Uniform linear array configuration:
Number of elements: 4
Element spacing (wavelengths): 0.25
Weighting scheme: blackman
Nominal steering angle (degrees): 0
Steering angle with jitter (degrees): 0.6258
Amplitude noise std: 0.05
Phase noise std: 0.05

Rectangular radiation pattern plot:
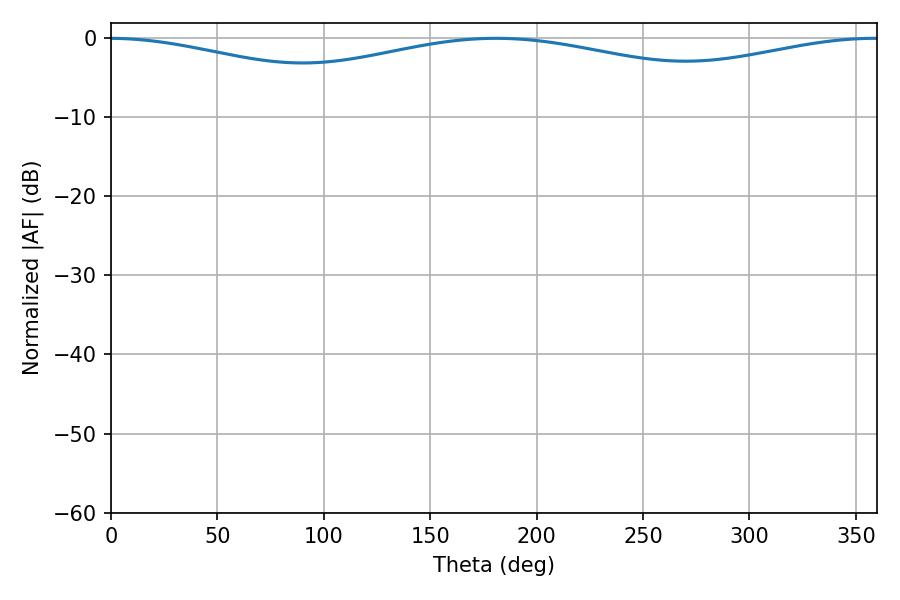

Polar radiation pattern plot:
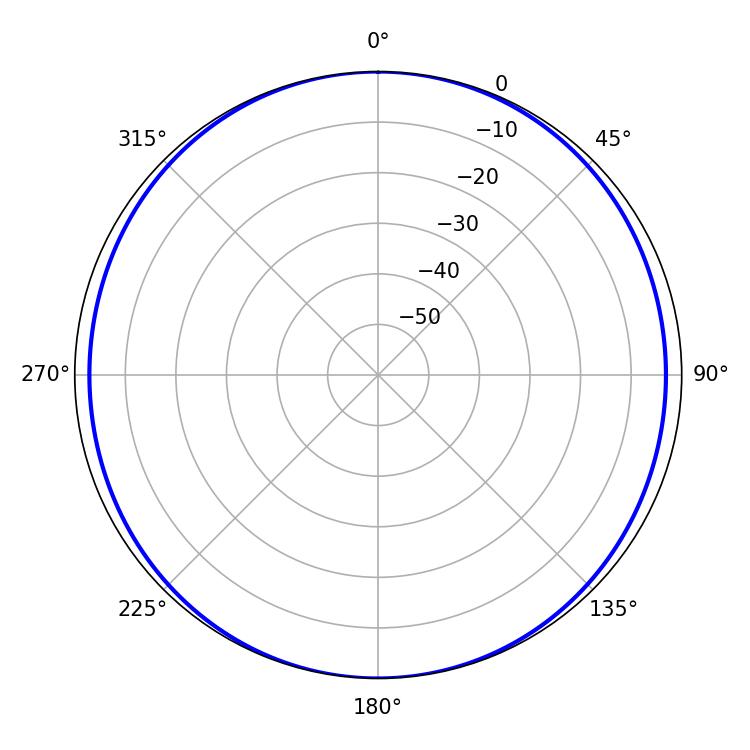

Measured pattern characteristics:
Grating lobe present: FALSE
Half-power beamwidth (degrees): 259.74
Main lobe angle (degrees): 180.9